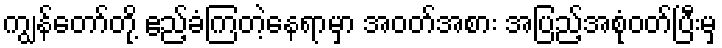
ကျွန်တော်တို့ ဧည့်ခံကြတဲ့နေရာမှာ အဝတ်အစား အပြည့်အစုံဝတ်ပြီးမှ